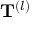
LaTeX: \mathbf { T } ^ { ( l ) }